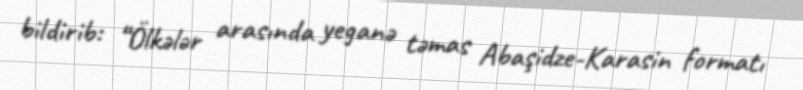
bildirib: “Ölkələr arasında yeganə təmas Abaşidze-Karasin formatı